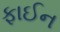
ફાઈન